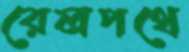
রেলপথে